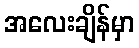
အလေးချိန်မှာ